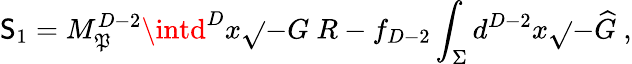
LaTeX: \mathsf{S}_{1}=M_{\mathfrak{P}}^{D-2}\intd^{D}x\sqrt{}{{-G}}~R-f_{D-2}\int_{\Sigma}d^{D-2}x\sqrt{}{{-{\widehat{G}}}}~,